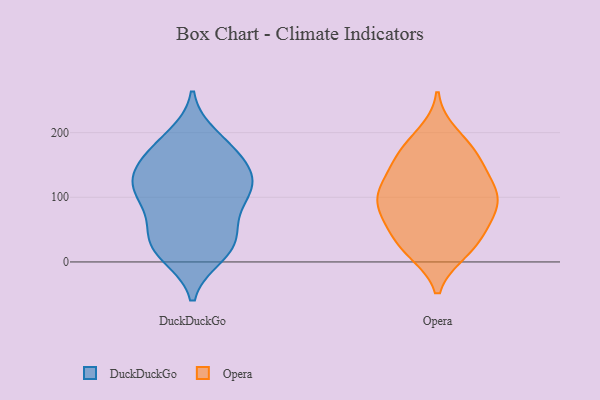
{"axis": {"x": "Customer Acquisition Cost (USD)", "y": "Value"}, "legend": ["DuckDuckGo", "Opera"], "data": [{"x": "", "y": 40, "type": "DuckDuckGo"}, {"x": "", "y": 168, "type": "DuckDuckGo"}, {"x": "", "y": 33, "type": "DuckDuckGo"}, {"x": "", "y": 154, "type": "DuckDuckGo"}, {"x": "", "y": 116, "type": "DuckDuckGo"}, {"x": "", "y": 10, "type": "DuckDuckGo"}, {"x": "", "y": 194, "type": "DuckDuckGo"}, {"x": "", "y": 19, "type": "DuckDuckGo"}, {"x": "", "y": 116, "type": "DuckDuckGo"}, {"x": "", "y": 48, "type": "DuckDuckGo"}, {"x": "", "y": 126, "type": "DuckDuckGo"}, {"x": "", "y": 111, "type": "DuckDuckGo"}, {"x": "", "y": 80, "type": "DuckDuckGo"}, {"x": "", "y": 130, "type": "DuckDuckGo"}, {"x": "", "y": 16, "type": "DuckDuckGo"}, {"x": "", "y": 163, "type": "DuckDuckGo"}, {"x": "", "y": 85, "type": "DuckDuckGo"}, {"x": "", "y": 183, "type": "DuckDuckGo"}, {"x": "", "y": 119, "type": "DuckDuckGo"}, {"x": "", "y": 97, "type": "Opera"}, {"x": "", "y": 109, "type": "Opera"}, {"x": "", "y": 95, "type": "Opera"}, {"x": "", "y": 19, "type": "Opera"}, {"x": "", "y": 75, "type": "Opera"}, {"x": "", "y": 115, "type": "Opera"}, {"x": "", "y": 71, "type": "Opera"}, {"x": "", "y": 182, "type": "Opera"}, {"x": "", "y": 108, "type": "Opera"}, {"x": "", "y": 20, "type": "Opera"}, {"x": "", "y": 165, "type": "Opera"}, {"x": "", "y": 16, "type": "Opera"}, {"x": "", "y": 160, "type": "Opera"}, {"x": "", "y": 35, "type": "Opera"}, {"x": "", "y": 141, "type": "Opera"}, {"x": "", "y": 156, "type": "Opera"}, {"x": "", "y": 54, "type": "Opera"}, {"x": "", "y": 106, "type": "Opera"}, {"x": "", "y": 198, "type": "Opera"}, {"x": "", "y": 64, "type": "Opera"}]}